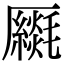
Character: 𠫈